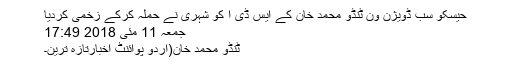
حیسکو سب ڈویژن ون ٹنڈو محمد خان کے ایس ڈی ا کو شہری نے حملہ کرکے زخمی کردیا
جمعہ 11 مئی 2018 17:49
ٹنڈو محمد خان(اُردو پوائنٹ اخبارتازہ ترین۔